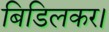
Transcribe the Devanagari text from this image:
बिडिलकर।